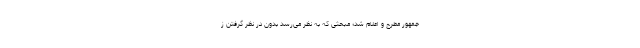
جمهور مطرح و اعلام شد؛ مبحثی که به نظر می‌رسد بدون در نظر گرفتن ز